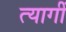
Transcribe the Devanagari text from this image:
त्यागीं